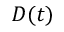
D ( t )